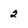
Character: 2